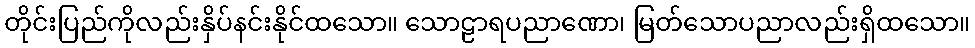
တိုင်းပြည်ကိုလည်းနှိပ်နင်းနိုင်ထသော။ သောဠာရပညာဏော၊ မြတ်သောပညာလည်းရှိထသော။